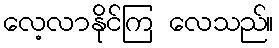
လေ့လာနိုင်ကြ လေသည်။